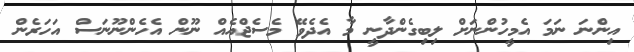
އިންނަ ނަމަ އެމީހުންނަށް ލިބިގެންދާނީ މާ އެދެވޭ މެސެޖްއެއް ނޫން އެހެންނޫނަސް އަހަރެން